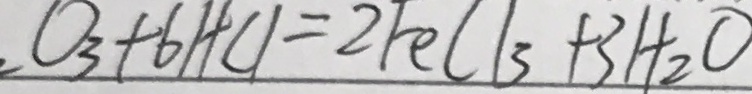
O _ { 3 } + 6 H C l _ { 3 } + 3 H _ { 2 } O